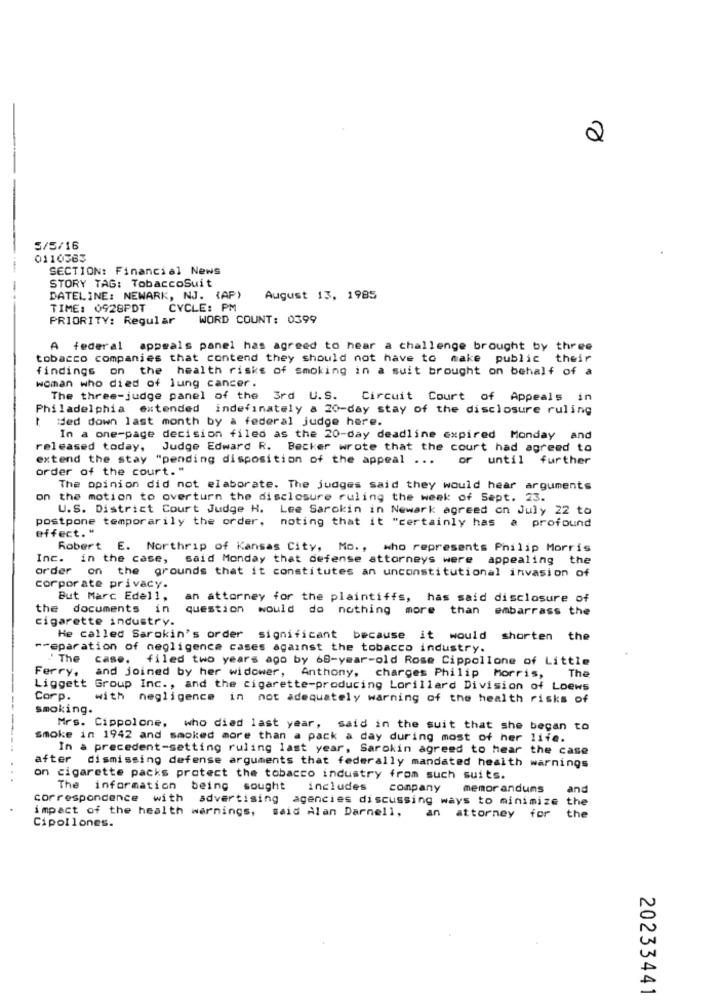
2
5/5/16
0110383
-
SECTION: Financial News
-
STORY TAG: TobaccoSuit
DATELINE: NEWARK, NJ. (AP)
August 13, 1985
TIME: 0928PDT
CYCLE: PM
PRIORITY: Regular
WORD COUNT: 0399
A federal appeals panel has agreed to hear a challenge brought by three
tobacco companies that contend they should not have to make public their
findings on the health risks of smoking in a suit brought on behalf of a
woman who died of lung cancer.
The three-judge panel of the 3rd U.S. Circuit Court of Appeals in
Philadelphia extended indefinately a 20-day stay of the disclosure ruling
Med down last month by a federal judge here.
In a one-page decision filed as the 20-day deadline expired Monday and
released today, Judge Edward R. Becker wrote that the court had agreed to
extend the stay "pending disposition of the appeal ...
or until further
order of the court."
The opinion did not elaborate. The judges said they would hear arguments
on the motion to overturn the disclosure ruling the week of Sept. 23.
U.S. District Court Judge H. Lee Sarokin in Newark agreed on July 22 to
postpone temporarily the order.
effect."
noting that it "certainly has a profound
Robert E. Northrip of Kansas City, Mo ., who represents Philip Morris
Inc. in the case,
said Monday that defense attorneys were appealing the
order on the grounds that it constitutes an unconstitutional invasion of
Corporate privacy.
But Marc Edell,
an attorney for the plaintiffs, has said disclosure of
the documents in question would do nothing more than embarrass the
cigarette industry.
He called Sarokin's order significant because it would shorten the
Preparation of negligence cases against the tobacco industry.
"The case, filed two years ago by 68-year-old Rose Cippollone of Little
The
Ferry, and joined by her widower, Anthony, charges Philip Morris,
Liggett Group Inc ., and the cigarette-producing Lorillard Division of Loews
Corp.
with negligence in not adequately warning of the health risks of
smoking.
Mrs. Cippolone, who died last year, said in the suit that she began to
smoke in 1942 and smoked more than a pack a day during most of her life.
In a precedent-setting ruling last year, Sarokin agreed to hear the case
after dismissing defense arguments that federally mandated health warnings
on cigarette packs protect the tobacco industry from such suits.
The information being sought
includes
company memor anduns
and
correspondence with advertising agencies discussing ways to minimize the
the
impact of the health warnings, said Alan Darnell,
an attorney for
Cipollones.
A
A
20233441